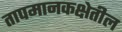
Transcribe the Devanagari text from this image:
तापमानकक्षेतील